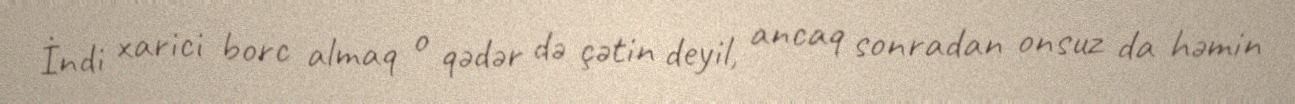
İndi xarici borc almaq o qədər də çətin deyil, ancaq sonradan onsuz da həmin